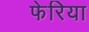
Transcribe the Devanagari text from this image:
फेरिया